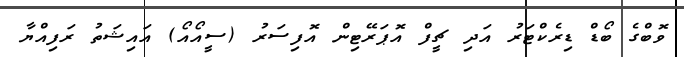
ވޮބްގެ ބޯޑް ޑިރެކްޓަރު އަދި ޗީފް އޮޕަރޭޓިން އޮފިސަރު (ސީއޯއޯ) އައިޝަތު ރަފިއްޔާ